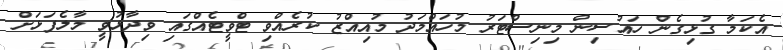
އެކަމާ ގުޅިގެން ހައުސިން މިނިސްޓަރު މުހައްމަދު މުއިއްޒު ކުރެއްވި ޓްވީޓެއްގައި ވިދާޅުވީ މާލެފަޅަށް